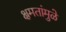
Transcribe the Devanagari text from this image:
क्षमतांमुळे